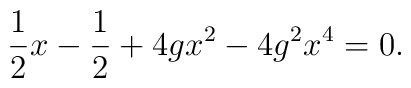
\frac{1}{2}x -\frac{1}{2}+4gx^2 -4g^2 x^4 =0.